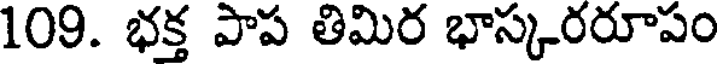
109. భక్త పాప తిమిర భాస్కరరూపం